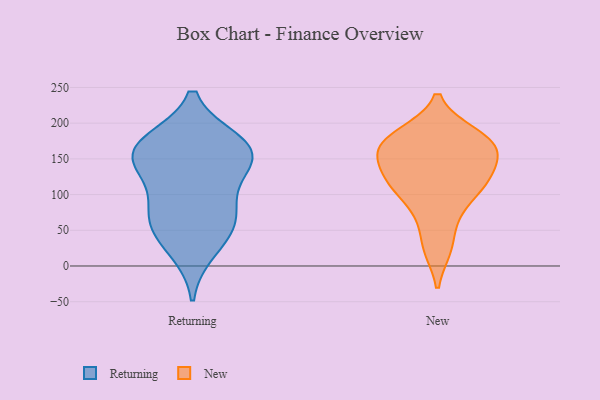
{"axis": {"x": "Budget (USD K)", "y": "Value"}, "legend": ["New", "Returning"], "data": [{"x": "", "y": 52, "type": "Returning"}, {"x": "", "y": 23, "type": "Returning"}, {"x": "", "y": 157, "type": "Returning"}, {"x": "", "y": 96, "type": "Returning"}, {"x": "", "y": 62, "type": "Returning"}, {"x": "", "y": 172, "type": "Returning"}, {"x": "", "y": 160, "type": "Returning"}, {"x": "", "y": 73, "type": "Returning"}, {"x": "", "y": 140, "type": "Returning"}, {"x": "", "y": 173, "type": "Returning"}, {"x": "", "y": 148, "type": "Returning"}, {"x": "", "y": 181, "type": "New"}, {"x": "", "y": 119, "type": "New"}, {"x": "", "y": 164, "type": "New"}, {"x": "", "y": 151, "type": "New"}, {"x": "", "y": 120, "type": "New"}, {"x": "", "y": 72, "type": "New"}, {"x": "", "y": 108, "type": "New"}, {"x": "", "y": 25, "type": "New"}, {"x": "", "y": 185, "type": "New"}, {"x": "", "y": 159, "type": "New"}]}